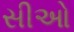
સીઓ